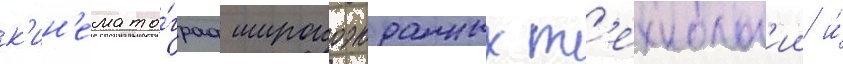
к'ин'емато́граф широкоэкранных т'ехнолог'ии и́